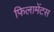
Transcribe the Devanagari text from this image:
फिलामेंटस